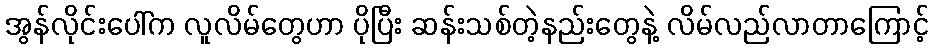
အွန်လိုင်းပေါ်က လူလိမ်တွေဟာ ပိုပြီး ဆန်းသစ်တဲ့နည်းတွေနဲ့ လိမ်လည်လာတာကြောင့်